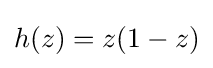
h(z)=z(1-z)